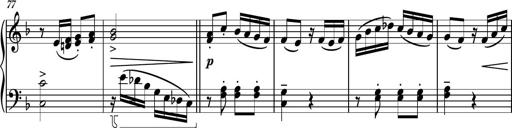
Title: Piano Sonatina II
Composer: Dimitri Sykias
Key: F major